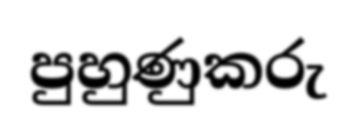
පුහුණුකරු